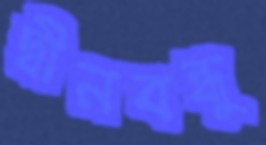
দ্বীনবন্ধু